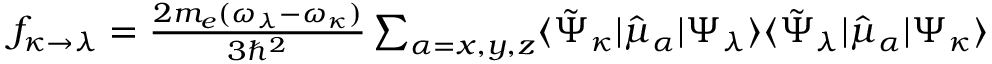
\begin{array} { r } { f _ { \kappa \rightarrow \lambda } = \frac { 2 m _ { e } ( \omega _ { \lambda } - \omega _ { \kappa } ) } { 3 \hbar ^ { 2 } } \sum _ { \alpha = x , y , z } \langle \tilde { \Psi } _ { \kappa } | \hat { \mu } _ { \alpha } | \Psi _ { \lambda } \rangle \langle \tilde { \Psi } _ { \lambda } | \hat { \mu } _ { \alpha } | \Psi _ { \kappa } \rangle } \end{array}